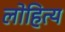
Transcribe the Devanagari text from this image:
लोहित्य